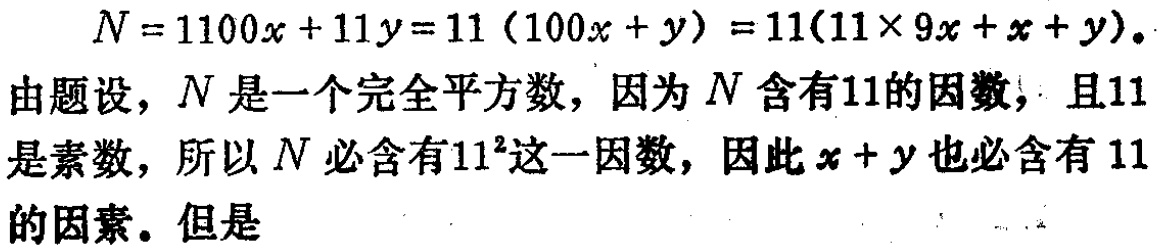
\[
N = 1100x + 11y = 11(100x + y)=11(11\times9x + x + y).
\]
由题设，$N$是一个完全平方数，因为$N$含有$11$的因数，且$11$是素数，所以$N$必含有$11^{2}$这一因数，因此$x + y$也必含有$11$的因素。但是